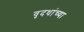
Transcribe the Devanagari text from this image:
वृदधांच्या